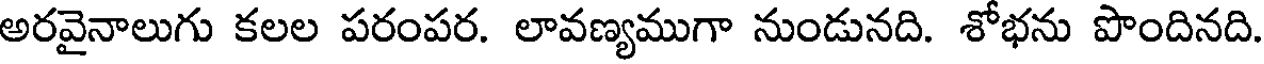
అరవైనాలుగు కలల పరంపర. లావణ్యముగా నుండునది. శోభను పొందినది